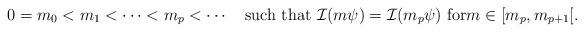
LaTeX: \begin{align*}0=m_0<m_1<\cdots <m_p<\cdots\quad\hbox{such that $\mathcal{I}(m\psi)=\mathcal{I}(m_p\psi)$ for$m\in[m_p,m_{p+1}[$}.\end{align*}